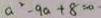
a ^ { 2 } - 9 a + 8 = 0